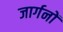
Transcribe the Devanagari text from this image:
जार्गनों